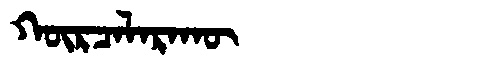
Manchu: ᡴᡡᡵᠴᠠᠯᠠᡵᠠᡴᡡ
Romanization: KŪRCALARAKŪ